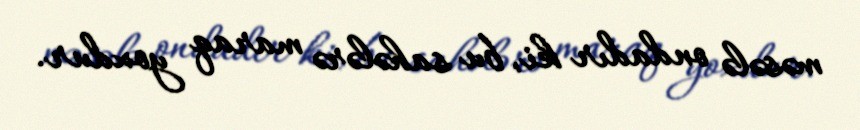
məsələ ondadır ki, bu sahələrə maraq yoxdur.